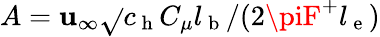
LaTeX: A=\mathbf{u}_{\infty}\sqrt{}{{c_{\mathrm{{~h~}}}C_{\mu}l_{\mathrm{{~b~}}}}}/(2\piF^{+}l_{\mathrm{{~e~}}})